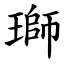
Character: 瑡